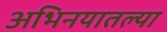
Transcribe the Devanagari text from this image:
अभिनयातल्या